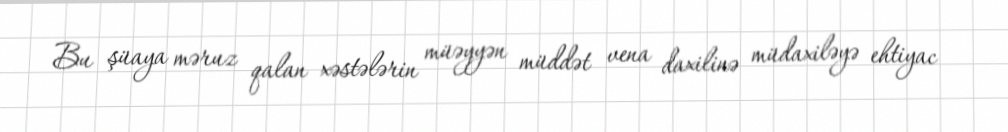
Bu şüaya məruz qalan xəstələrin müəyyən müddət vena daxilinə müdaxiləyə ehtiyac